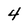
Character: 4